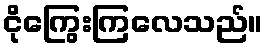
ငိုကြွေးကြလေသည်။